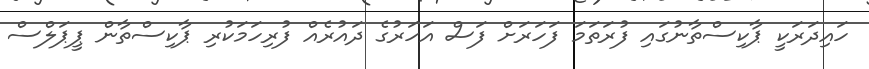
ހައިދަރަކީ ޕާކިސްތާނުގައި ފުރަތަމަ ފަހަރަށް ފަސް އަހަރުގެ ދައުރެއް ފުރިހަމަކުރި ޕާކިސްތާން ޕީޕަލްސް